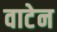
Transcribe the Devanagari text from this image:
वाटेन